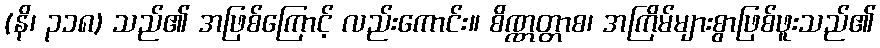
(နိ၊ ၃၁၈) သည်၏ အဖြစ်ကြောင့် လည်းကောင်း။ စိဏ္ဏတ္တာစ၊ အကြိမ်များစွာဖြစ်ဖူးသည်၏